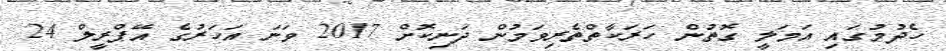
ހެދުމުގައި އަމަލީ ގޮތުން ހަރަކާތްތެރިވަމުން ދަނިކޮށް 2017 ވަނަ އަހަރުގެ އޭޕްރީލް 24